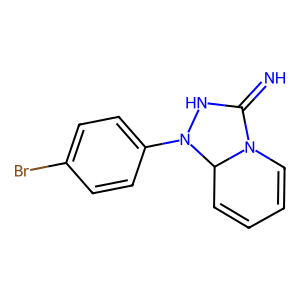
SMILES: N=C1NN(c2ccc(Br)cc2)C2C=CC=CN12
Inhibits HIV replication: No